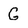
Character: G